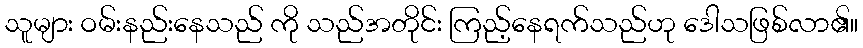
သူများ ဝမ်းနည်းနေသည် ကို သည်အတိုင်း ကြည့်နေရက်သည်ဟု ဒေါသဖြစ်လာ၏။